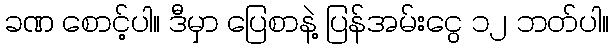
ခဏ စောင့်ပါ။ ဒီမှာ ပြေစာနဲ့ ပြန်အမ်းငွေ ၁၂ ဘတ်ပါ။